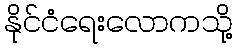
နိုင်ငံရေးလောကသို့